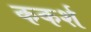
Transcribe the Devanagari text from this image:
ककर्श